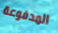
المدفوعة